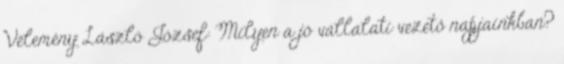
Vélemény László József: Milyen a jó vállalati vezető napjainkban?